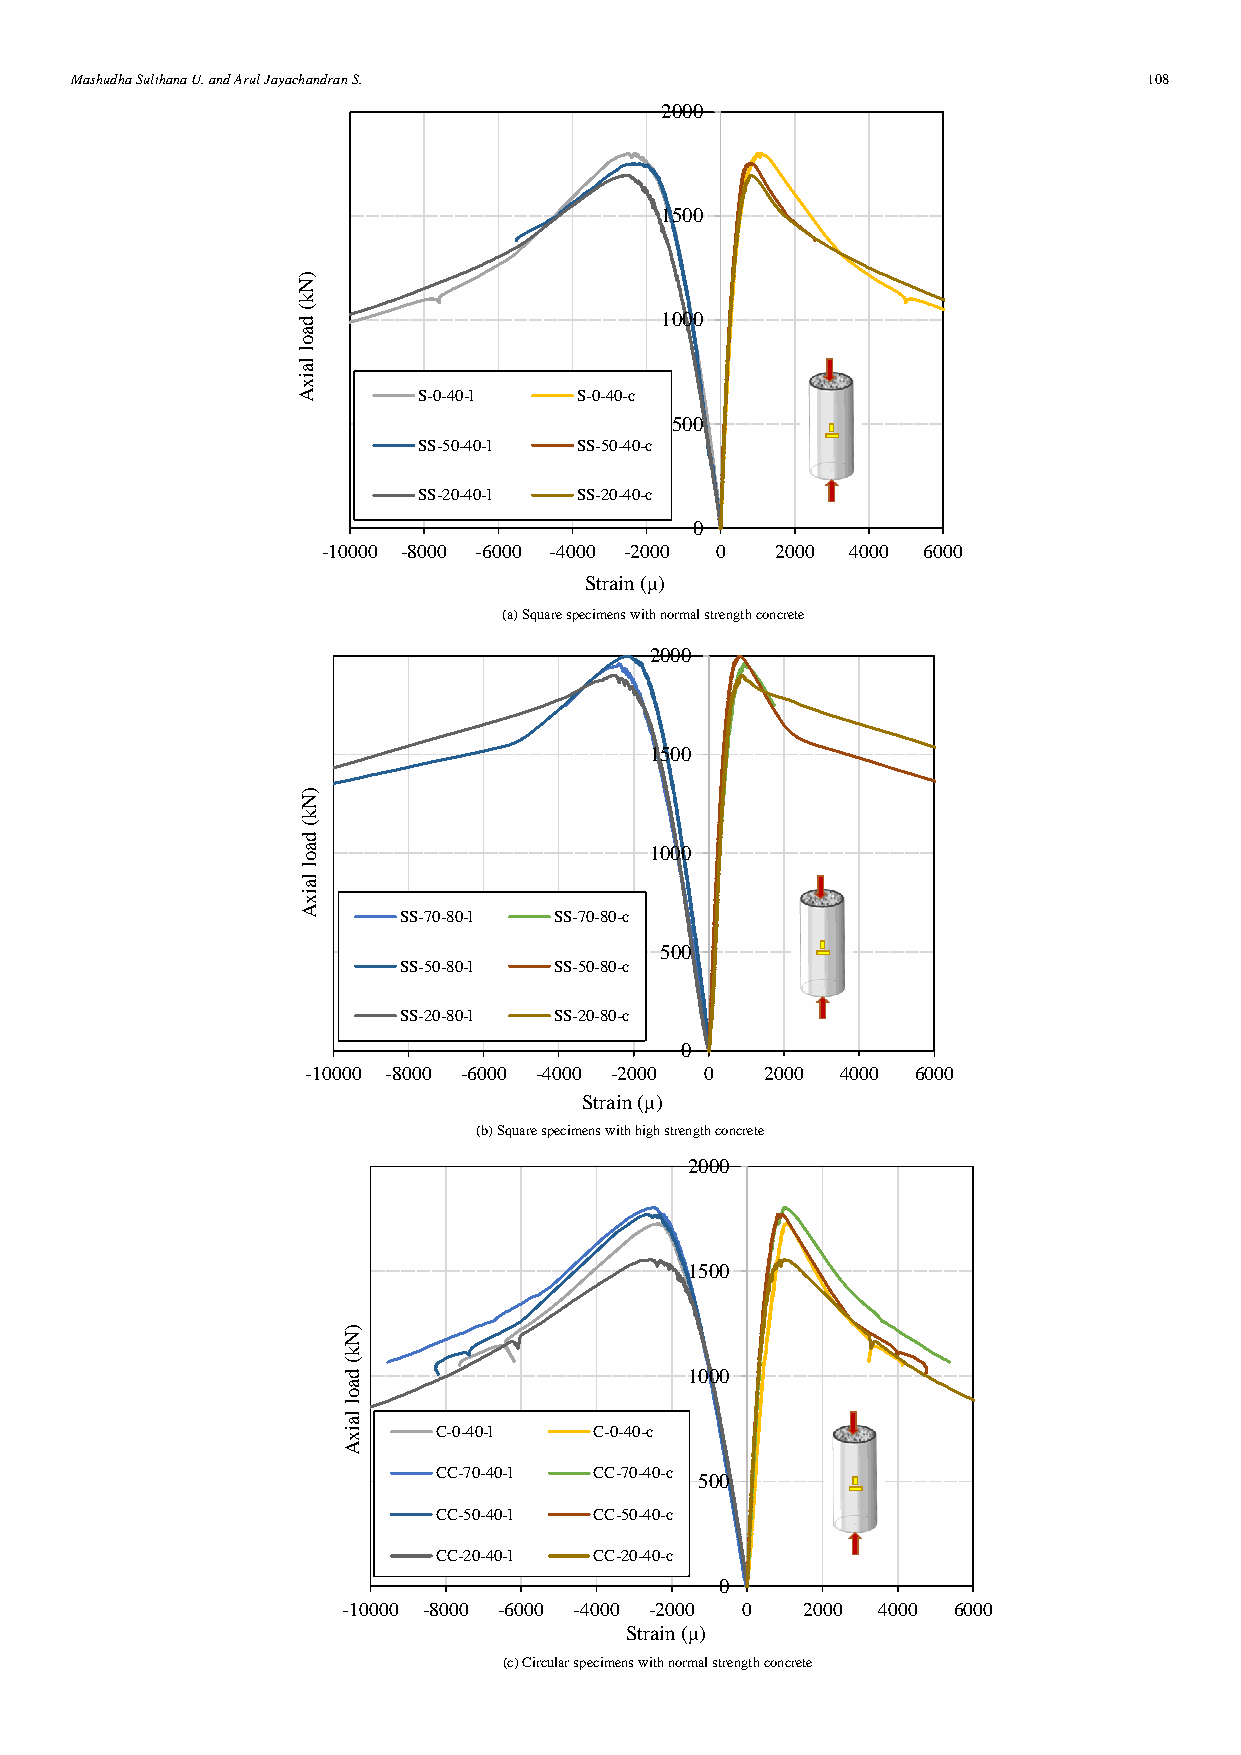
Mashudha Sulthana U. and Arul Jayachandran S.                          108
 2000
 1500
 )
 N
 k
 (
 d                       1000
 a
 o
 l
 la
 ix
 A       S-0-40-l  S-0-40-c
 500
 SS-50-40-l SS-50-40-c
 SS-20-40-l SS-20-40-c
 0
 -10000 -8000 -6000 -4000 -2000 0 2000 4000 6000
 Strain (μ)
 (a) Square specimens with normal strength concrete
 2000
 1500
 )
 N
 k
 (
 d
 a                      1000
 o
 l
 la
 ix
 A     SS-70-80-l SS-70-80-c
 500
 SS-50-80-l SS-50-80-c
 SS-20-80-l SS-20-80-c
 0
 -10000 -8000 -6000 -4000 -2000 0 2000 4000 6000
 Strain (μ)
 (b) Square specimens with high strength concrete
 2000
 1500
 )
 N
 k
 (
 d                      1000
 a
 o
 l
 la
 ix    C-0-40-l  C-0-40-c
 A
 CC-70-40-l CC-70-40-c
 500
 CC-50-40-l CC-50-40-c
 CC-20-40-l CC-20-40-c
 0
 -10000 -8000 -6000 -4000 -2000 0 2000 4000 6000
 Strain (μ)
 (c) Circular specimens with normal strength concrete